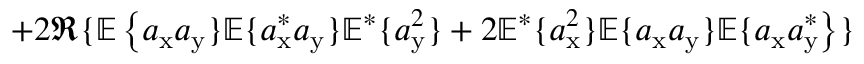
+ 2 \Re \{ \mathbb { E } \left\{ a _ { \mathrm { x } } a _ { \mathrm { y } } \} \mathbb { E } \{ a _ { \mathrm { x } } ^ { * } a _ { \mathrm { y } } \} \mathbb { E } ^ { * } \{ a _ { \mathrm { y } } ^ { 2 } \} + 2 \mathbb { E } ^ { * } \{ a _ { \mathrm { x } } ^ { 2 } \} \mathbb { E } \{ a _ { \mathrm { x } } a _ { \mathrm { y } } \} \mathbb { E } \{ a _ { \mathrm { x } } a _ { \mathrm { y } } ^ { * } \right\} \}